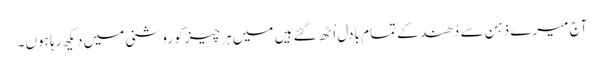
آج میرے ذہن سے دُھند کے تمام بادل اُٹھ گئے ہیں میں ہر چیز کو روشنی میں دیکھ رہا ہوں۔